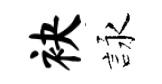
袂詠